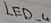
Text: LED_4